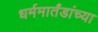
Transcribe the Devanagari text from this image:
धर्ममार्तंडांच्या